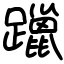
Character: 躐